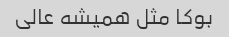
بوکا مثل همیشه عالی